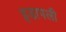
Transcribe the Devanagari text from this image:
इडापली